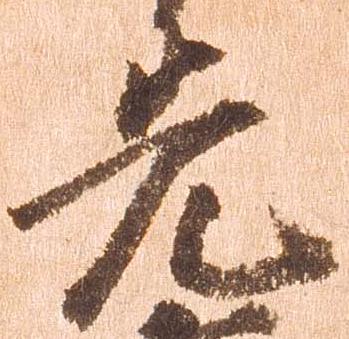
先